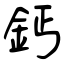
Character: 鈣